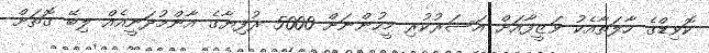
ކޮވިޑްގެ ހާލަތާއެކު ވަޒީފާއަށް އަސަރުކުރި މީހުންނަށް 5000 ރުފިޔާގެ އާންމުދަނީއެއް ލިބޭ ގޮތަށް